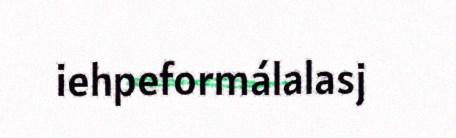
iehpeformálalasj